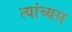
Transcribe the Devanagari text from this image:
त्यांच्यस